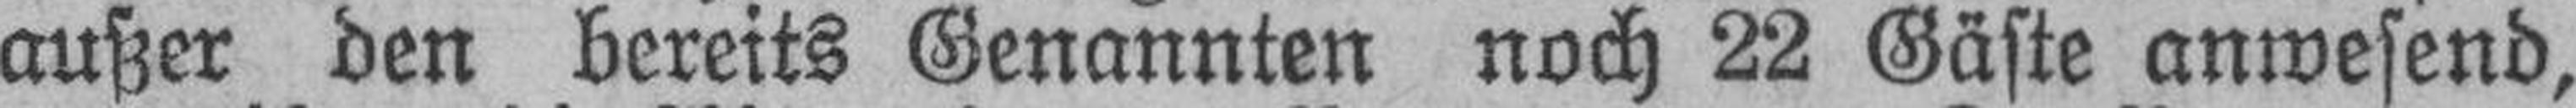
außer den bereits Genannten noch 22 Gäste anwesend,